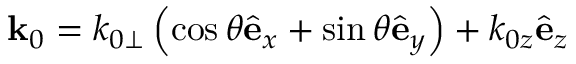
{ \bf k } _ { 0 } = k _ { 0 \perp } \left( \cos { \theta } \hat { \bf e } _ { x } + \sin { \theta } \hat { \bf e } _ { y } \right) + k _ { 0 z } \hat { \bf e } _ { z }